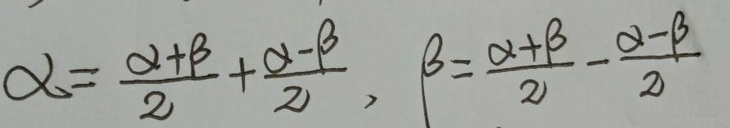
\[
\alpha=\frac{\alpha+\beta}{2}+\frac{\alpha - \beta}{2}, \quad \beta=\frac{\alpha+\beta}{2}-\frac{\alpha - \beta}{2}
\]